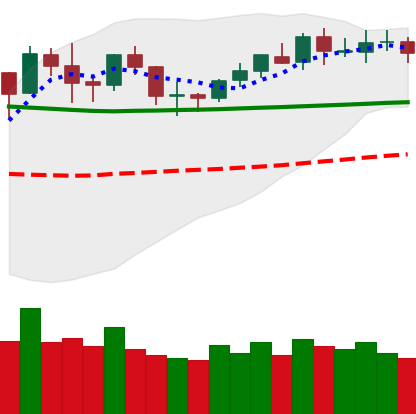
Ticker: BNB-USD
Chart end date: 2020-02-04
Forward return: 33.73%
Label: up_7plus